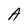
Character: A